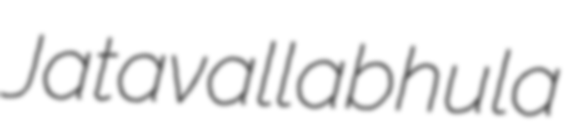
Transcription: Jatavallabhula